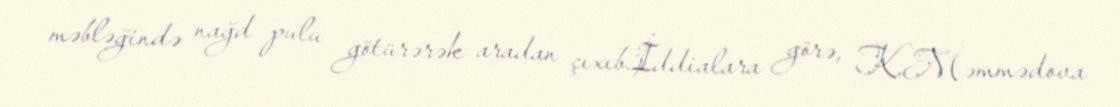
məbləğində nağd pulu götürərək aradan çıxıb.İddialara görə, K.Məmmədova